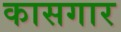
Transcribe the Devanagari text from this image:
कासगार